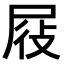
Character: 𭕞